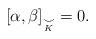
LaTeX: \begin{align*} [\alpha, \beta]_{\underset{K}{\smile}} =0.\end{align*}